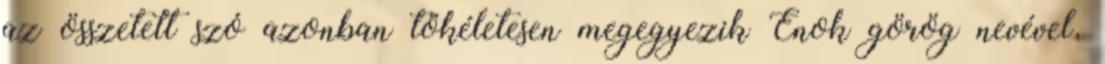
az összetett szó azonban tökéletesen megegyezik Énok görög nevével,